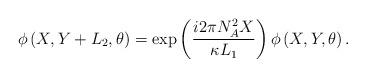
LaTeX: \begin{align*}\phi\left(X,Y+L_{2},\theta \right) =\exp \left( \frac{i2\pi N_{A}^{2}X}{\kappa L_1} \right)\phi\left( X,Y,\theta \right).\end{align*}